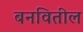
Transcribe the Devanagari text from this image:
बनवितील